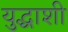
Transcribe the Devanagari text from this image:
युद्धाशी